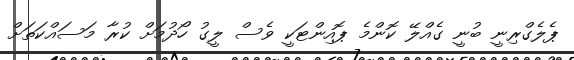
ޕެލެގްރިނީ ބުނީ ގެއްލޭ ކޮންމެ ޕޮއިންޓަކީ ވެސް ލީގު ހޯދުމަށް ކުރާ މަސައްކަތަށް